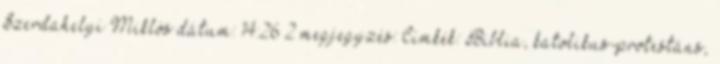
Szerdahelyi Miklós dátum: 14:26 2 megjegyzés: Címkék: Biblia, katolikus-protestáns,